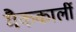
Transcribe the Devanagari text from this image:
मैककार्ली